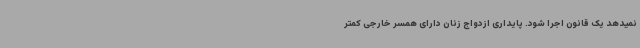
نمیدهد یک قانون اجرا شود. پایداری ازدواج زنان دارای همسر خارجی کمتر